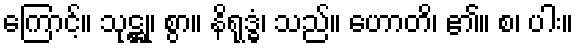
ကြောင့်။ သုဋ္ဌု၊ စွာ။ နိရုဒ္ဓံ၊ သည်။ ဟောတိ၊ ၏။ စ၊ ပါး။